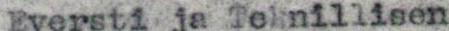
Eversti ja Teknillisen